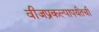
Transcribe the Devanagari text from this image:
वीजप्रकल्पापर्यंतची